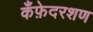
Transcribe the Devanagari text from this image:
कँफ़ेदरशण